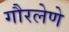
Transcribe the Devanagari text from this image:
गौरलेणे